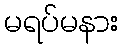
မရပ်မနား